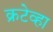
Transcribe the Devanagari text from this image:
क्रटेव्हा